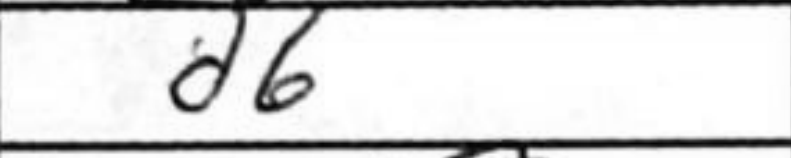
Transcription: d6